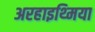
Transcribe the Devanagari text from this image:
अरहाइथ्मिया